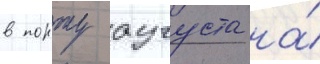
в порту аугуста на́